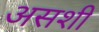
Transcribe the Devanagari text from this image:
असशी